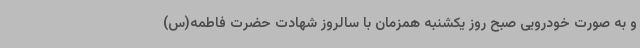
و به صورت خودرویی صبح روز یکشنبه همزمان با سالروز شهادت حضرت فاطمه(س)